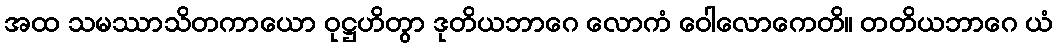
အထ သမဿာသိတကာယော ဝုဋ္ဌဟိတွာ ဒုတိယဘာဂေ လောကံ ဝေါလောကေတိ။ တတိယဘာဂေ ယံ